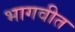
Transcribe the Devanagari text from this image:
भागवीत